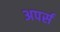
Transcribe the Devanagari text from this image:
अपर्स